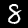
Label: 8